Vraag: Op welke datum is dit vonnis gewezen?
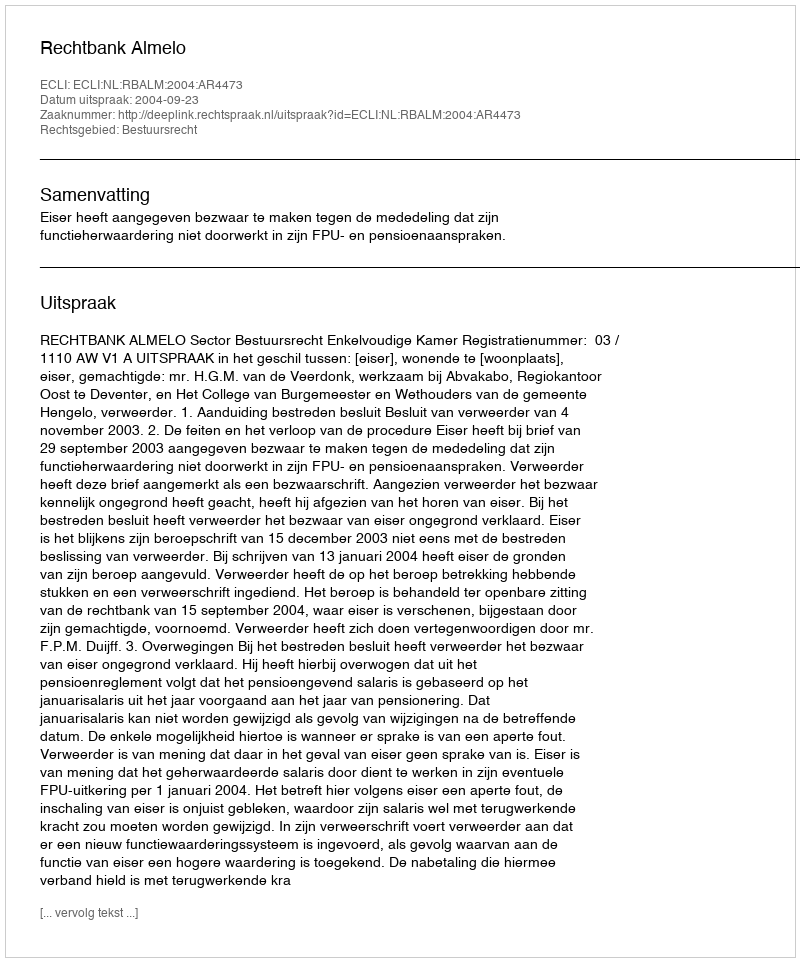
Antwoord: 2004-09-23